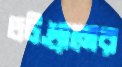
চটগ্রামের